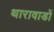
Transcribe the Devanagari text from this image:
थारावाडों